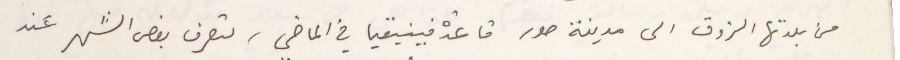
من بلدتها الزوق الى مدينة صور قاعدة فينيقيا في الماضي، لتصرف بعض الشهر عند